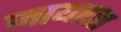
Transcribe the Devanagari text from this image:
जायरस